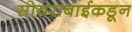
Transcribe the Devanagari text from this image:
सोयराबाईकडून